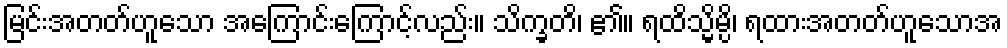
မြင်းအတတ်ဟူသော အကြောင်းကြောင့်လည်း။ သိက္ခတိ၊ ၏။ ရထိသ္မိမ္ပိ၊ ရထားအတတ်ဟူသောအ